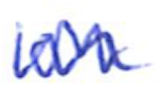
Text: one
Cross-out: zig-zag
Writing tool: ballpoint